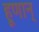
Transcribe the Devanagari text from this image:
हूणान्‌